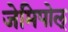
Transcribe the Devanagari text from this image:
जेमिपोल्